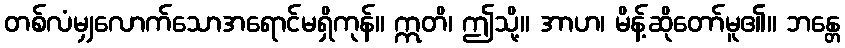
တစ်လံမျှလောက်သောအရောင်မရှိကုန်။ ဣတိ၊ ဤသို့။ အာဟ၊ မိန့်ဆိုတော်မူ၏။ ဘန္တေ